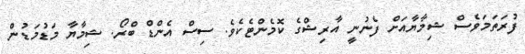
ފުރަތަމަވެސް ޝިމާޔާއަށް ފެނުނީ އާރިޝްގެ ކޮމެންޓެކެވެ. ސިސް އެންޑް ބްރޯ. ޝިމާޔާ މަޑުމަޑުން